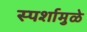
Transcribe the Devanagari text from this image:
स्पर्शामुळे